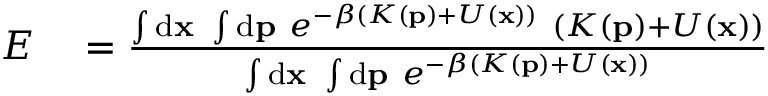
\begin{array} { r l } { E } & { { } = \frac { \int \ensuremath { \mathrm { d } } \ensuremath { \mathbf { x } } \ \int \ensuremath { \mathrm { d } } \ensuremath { \mathbf { p } } \ e ^ { - \beta ( K ( \ensuremath { \mathbf { p } } ) + U ( \ensuremath { \mathbf { x } } ) ) } \ ( K ( \ensuremath { \mathbf { p } } ) + U ( \ensuremath { \mathbf { x } } ) ) } { \int \ensuremath { \mathrm { d } } \ensuremath { \mathbf { x } } \ \int \ensuremath { \mathrm { d } } \ensuremath { \mathbf { p } } \ e ^ { - \beta ( K ( \ensuremath { \mathbf { p } } ) + U ( \ensuremath { \mathbf { x } } ) ) } } } \end{array}